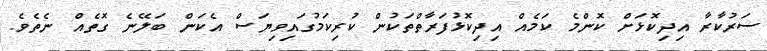
ސަރުކާރާ އިދިކޮޅަށް ކޮންމެ ކަމެއް އިދިކޮޅުފަރާތްތަކުން ކުރިކަމުގައިވިޔަސް އެކަން ބަލޭނެ ގޮތެއް ނެތެވެ.